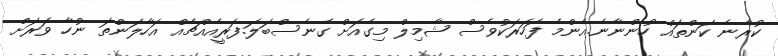
ކުރާނެ ކަންތައް ހުންނާނެ.އެންމެ ފަހަރަކުވެސް ޝާމިލް މިގެއަށް ގެނެސްބަލަ.ފަރީއެއްޗެއް އަހާލަންތަ ނުހާ ވަރަށް